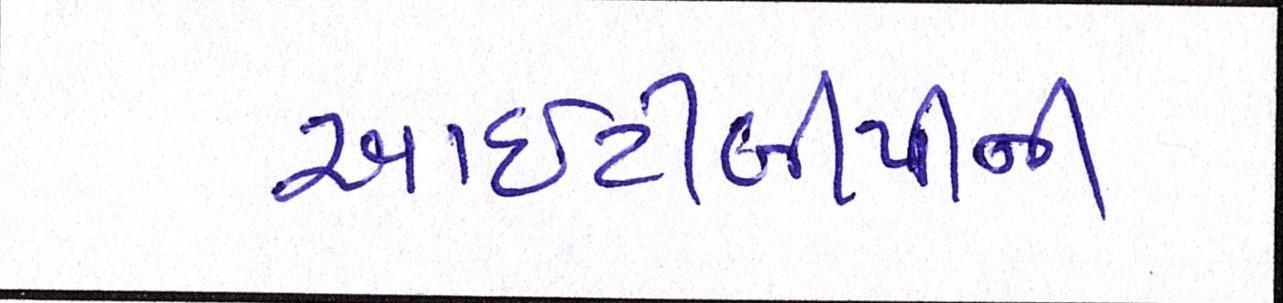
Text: આઇટીબીપીની